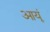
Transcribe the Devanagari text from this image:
आयूं